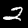
Digit: 2